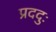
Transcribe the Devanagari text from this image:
प्रददुः